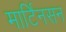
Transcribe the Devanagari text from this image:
मार्टिनसन